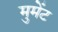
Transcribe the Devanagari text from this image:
मुमेंट